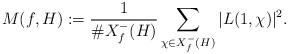
LaTeX: \begin{align*}M(f,H):={1\over\# X_f^-(H)}\sum_{\chi\in X_f^-(H)}\vert L(1,\chi)\vert^2.\end{align*}